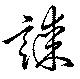
謀